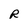
Character: R